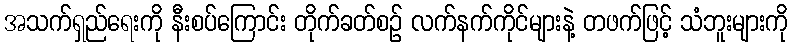
အသက်ရှည်ရေးကို နီးစပ်ကြောင်း တိုက်ခတ်စဉ် လက်နက်ကိုင်များနဲ့ တဖက်ဖြင့် သံဘူးများကို